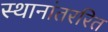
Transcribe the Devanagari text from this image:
स्थानांतररित